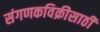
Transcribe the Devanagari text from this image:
संगणकविक्रीसाठी